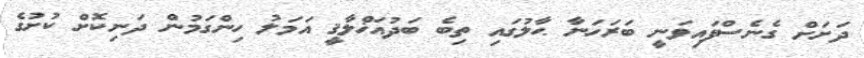
ދަށަށް ގެނެސްފައިވަނީ ބަރަހަނާ ޙާލުގައި ތިބެ ބަދުއަޚްލާޤީ އަމަލު ހިންގަމުން ދަނިކޮށް ކުށުގެ